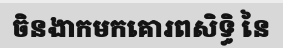
ចិនងាកមកគោរពសិទ្ធិ នៃ